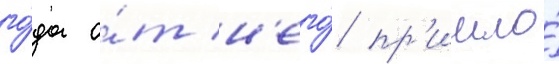
го́да о́т н'его́ пр'ишло́